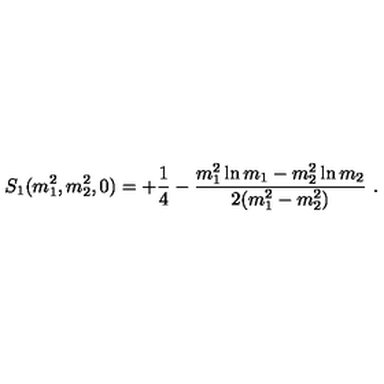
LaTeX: S _ { 1 } ( m _ { 1 } ^ { 2 } , m _ { 2 } ^ { 2 } , 0 ) = + \frac { 1 } { 4 } - \frac { m _ { 1 } ^ { 2 } \ln { m _ { 1 } } - m _ { 2 } ^ { 2 } \ln { m _ { 2 } } } { 2 ( m _ { 1 } ^ { 2 } - m _ { 2 } ^ { 2 } ) } \ .